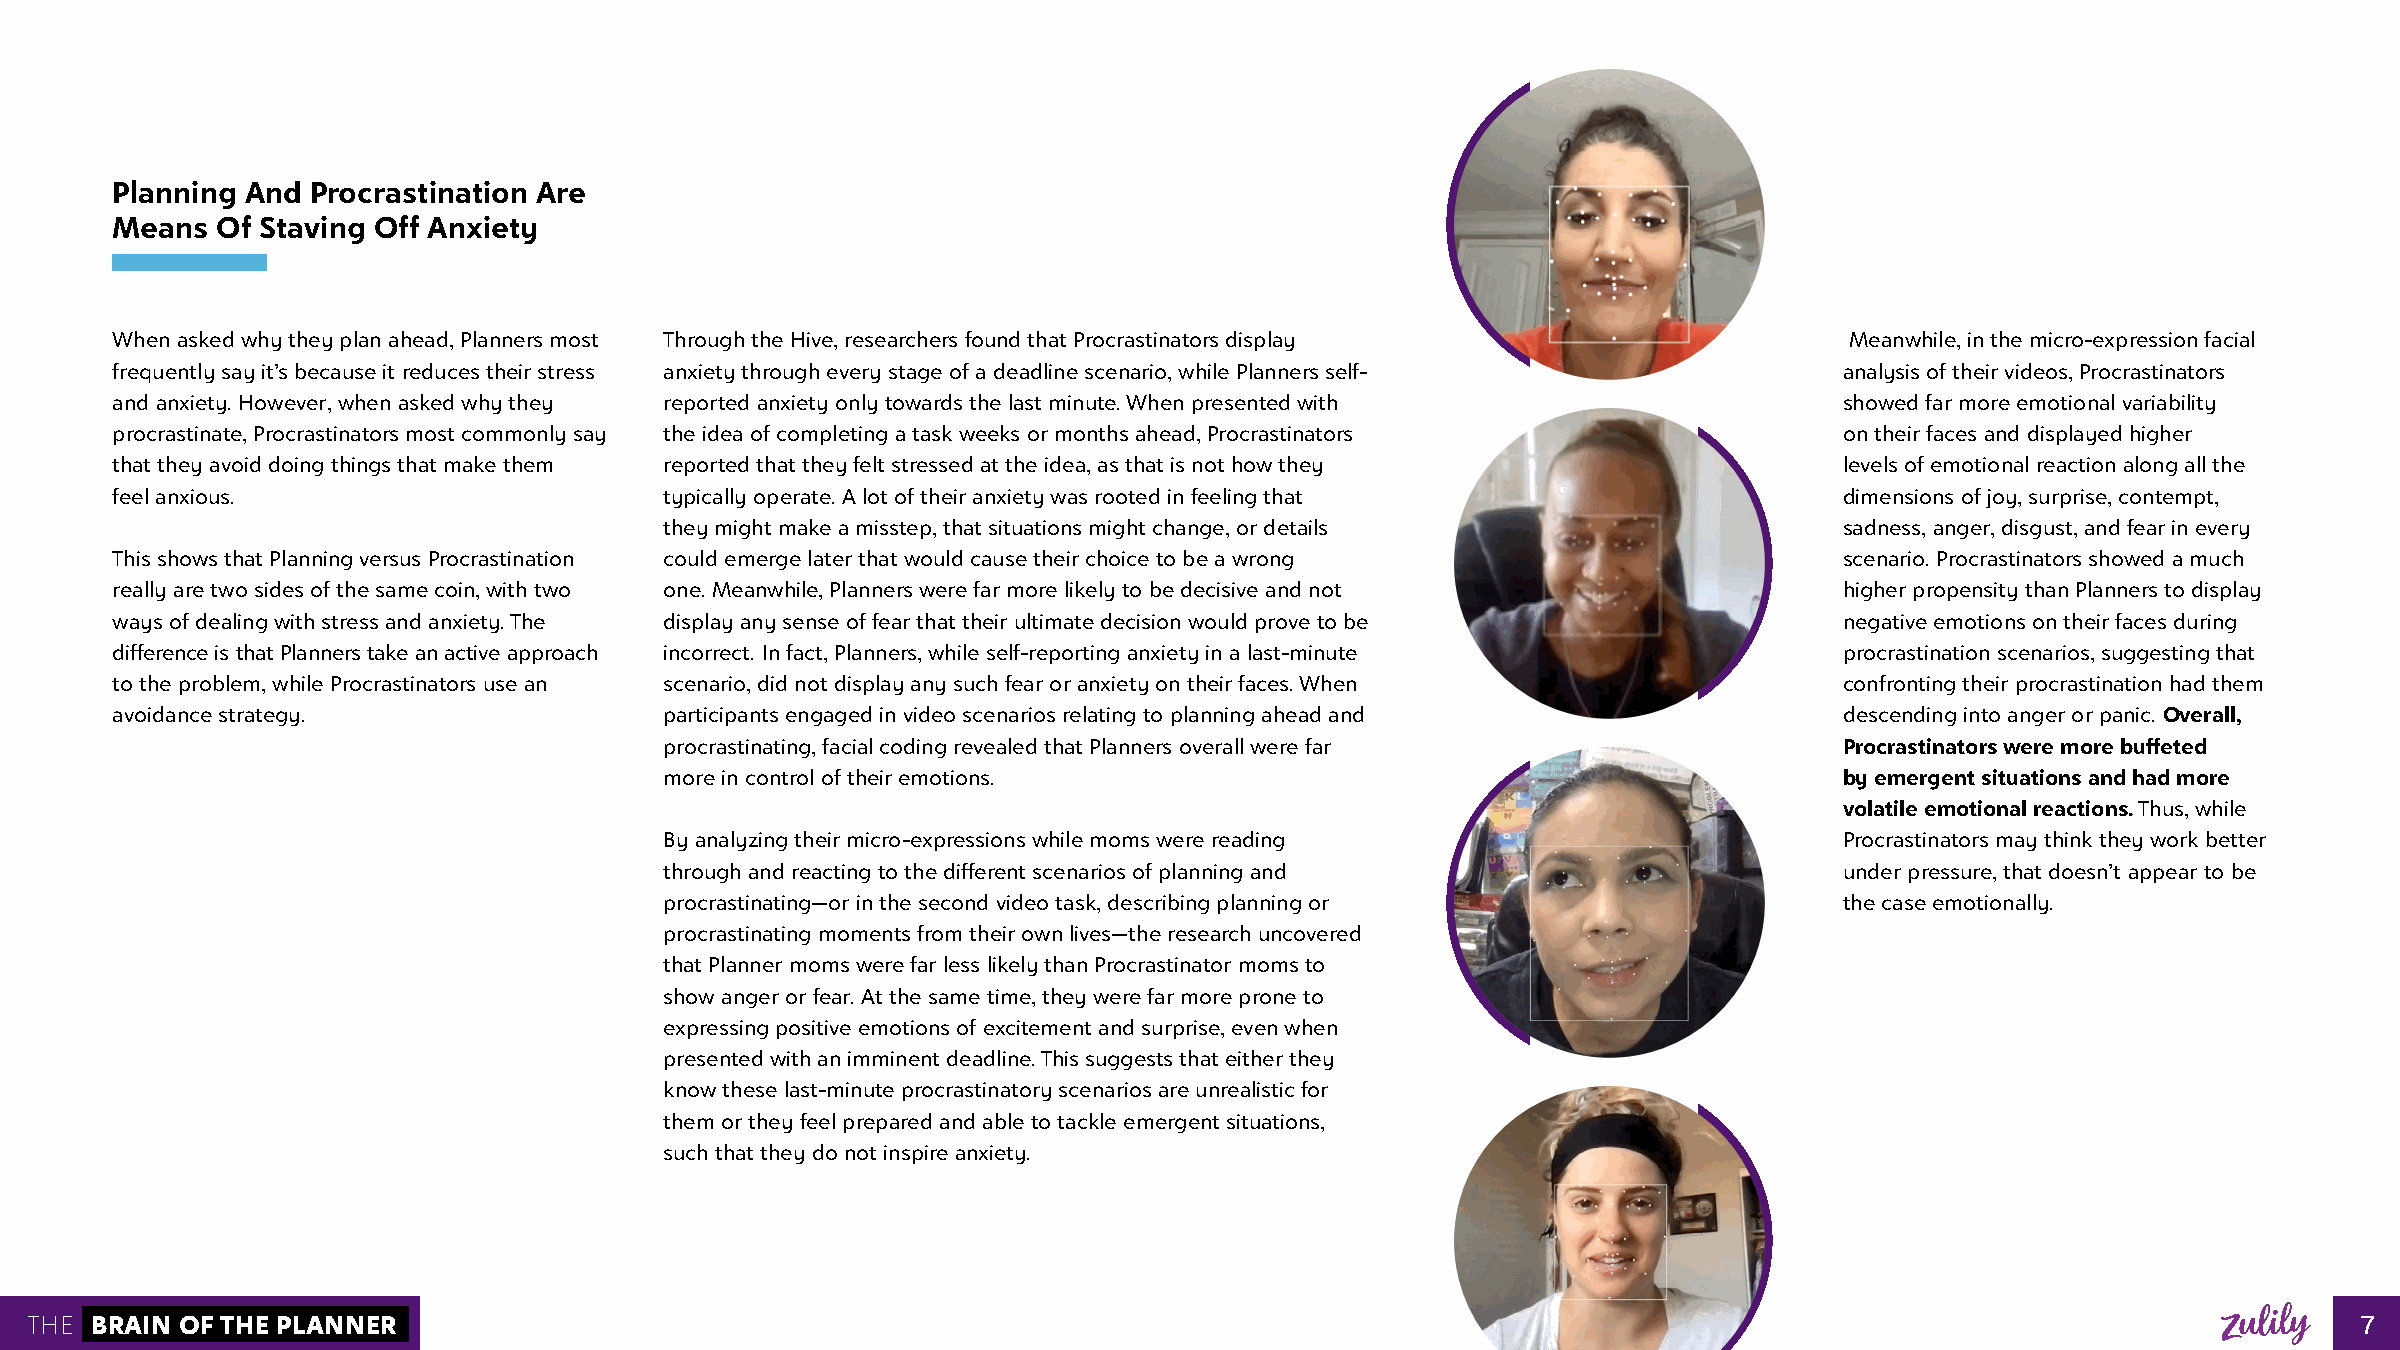
Planning And  Procrastination Are
 Means  Of Staving Off Anxiety
 When asked why they plan ahead, Planners most Through the Hive, researchers found that Procrastinators display     Meanwhile, in the micro-expression facial
 frequently say it’s because it reduces their stress anxiety through every stage of a deadline scenario, while Planners self- analysis of their videos, Procrastinators
 and anxiety. However, when asked why they reported anxiety only towards the last minute. When presented with       showed far more emotional variability
 procrastinate, Procrastinators most commonly say the idea of completing a task weeks or months ahead, Procrastinators on their faces and displayed higher
 that they avoid doing things that make them reported that they felt stressed at the idea, as that is not how they  levels of emotional reaction along all the
 feel anxious.                        typically operate. A lot of their anxiety was rooted in feeling that          dimensions of joy, surprise, contempt,
 they might make a misstep, that situations might change, or details           sadness, anger, disgust, and fear in every
 This shows that Planning versus Procrastination could emerge later that would cause their choice to be a wrong     scenario. Procrastinators showed a much
 really are two sides of the same coin, with two one. Meanwhile, Planners were far more likely to be decisive and not higher propensity than Planners to display
 ways of dealing with stress and anxiety. The display any sense of fear that their ultimate decision would prove to be negative emotions on their faces during
 difference is that Planners take an active approach incorrect. In fact, Planners, while self-reporting anxiety in a last-minute procrastination scenarios, suggesting that
 to the problem, while Procrastinators use an scenario, did not display any such fear or anxiety on their faces. When confronting their procrastination had them
 avoidance strategy.                  participants engaged in video scenarios relating to planning ahead and        descending into anger or panic. Overall,
 procrastinating, facial coding revealed that Planners overall were far        Procrastinators were more buffeted
 more in control of their emotions.                                            by emergent situations and had more
 volatile emotional reactions. Thus, while
 By analyzing their micro-expressions while moms were reading                  Procrastinators may think they work better
 through and reacting to the different scenarios of planning and               under pressure, that doesn’t appear to be
 procrastinating—or in the second video task, describing planning or           the case emotionally.
 procrastinating moments from their own lives—the research uncovered
 that Planner moms were far less likely than Procrastinator moms to
 show anger or fear. At the same time, they were far more prone to
 expressing positive emotions of excitement and surprise, even when
 presented with an imminent deadline. This suggests that either they
 know these last-minute procrastinatory scenarios are unrealistic for
 them or they feel prepared and able to tackle emergent situations,
 such that they do not inspire anxiety.
 THE BRAIN OF THE PLANNER                                                                                                                                  7